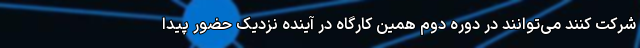
شرکت کنند می‌توانند در دوره دوم همین کارگاه در آینده نزدیک حضور پیدا